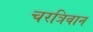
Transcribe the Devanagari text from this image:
चरत्रिवान